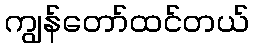
ကျွန်တော်ထင်တယ်